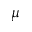
\mu